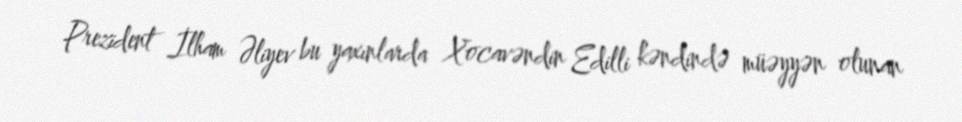
Prezident İlham Əliyev bu yaxınlarda Xocavəndin Edilli kəndində müəyyən olunan